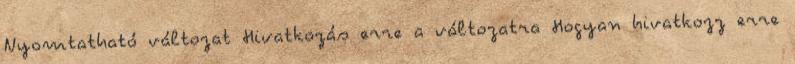
Nyomtatható változat Hivatkozás erre a változatra Hogyan hivatkozz erre